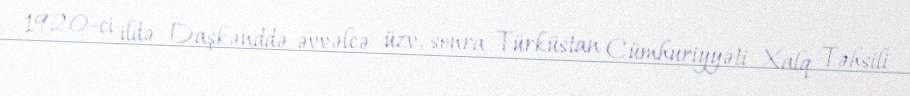
1920-ci ildə Daşkənddə əvvəlcə üzv, sonra Türküstan Cümhuriyyəti Xalq Təhsili